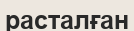
расталған